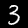
Label: 3